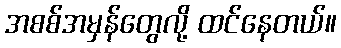
အစစ်အမှန်တွေလို့ ထင်နေတယ်။